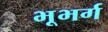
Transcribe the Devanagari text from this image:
भूभर्ग